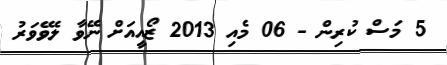
5 މަސް ކުރިން - 06 މެއި 2013 ޒޯއީއަށް ނޭވާ ލެވޭވަރު